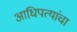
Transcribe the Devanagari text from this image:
आधिपत्यांचा